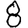
Digit: 8